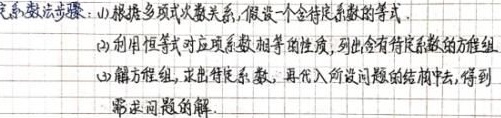
1. 根据多项式次数关系，假设一个含待定系数的等式.
2. 利用恒等式对应项系数相等的性质，列出含待定系数的方程组.
3. 解方程组，求出待定系数，再代入所设问题的结构中，得到所求问题的解.